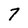
Character: 7